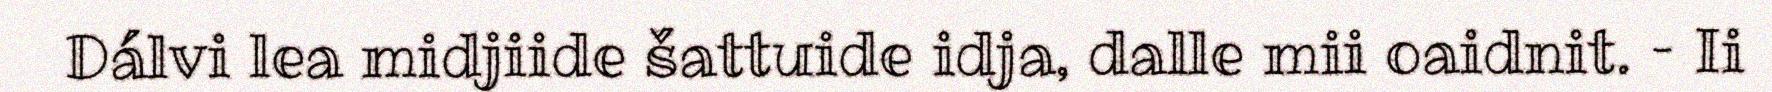
Dálvi lea midjiide šattuide idja, dalle mii oaidnit. – Ii